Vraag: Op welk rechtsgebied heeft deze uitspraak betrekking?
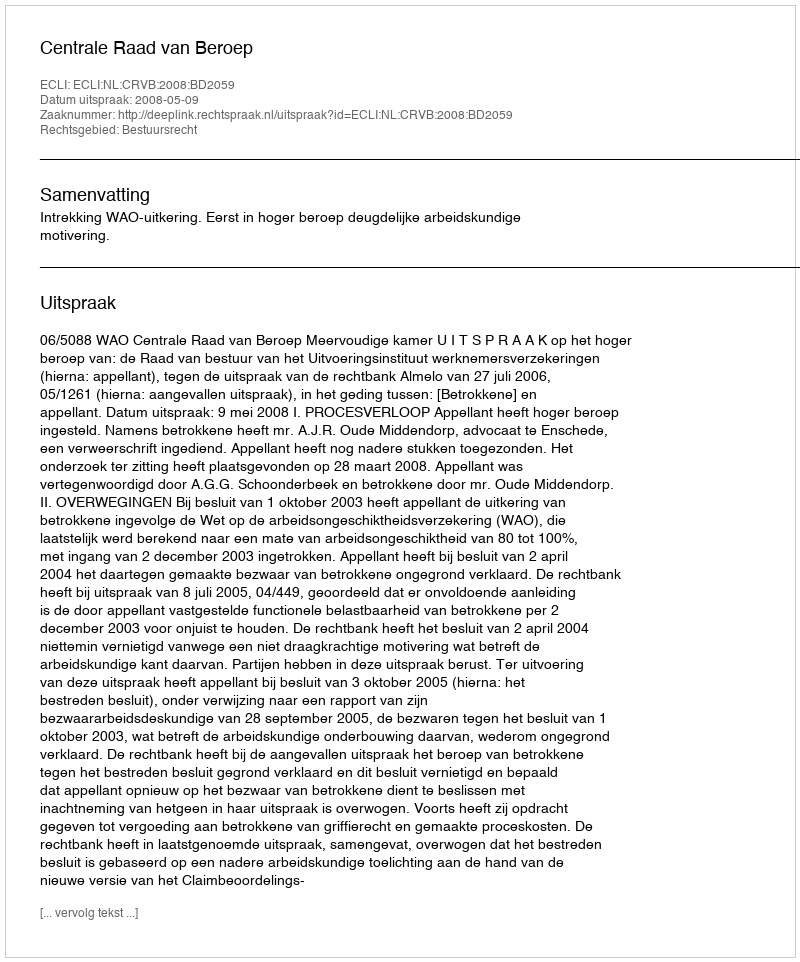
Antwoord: Bestuursrecht